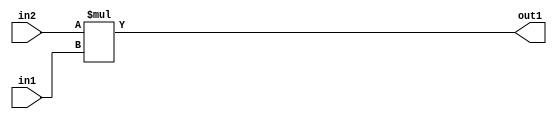
`timescale 1ps / 1ps
/*****************************************************************************
    Verilog RTL Description
    
    Generated at: 23:44:41 EST (-0500), Monday 16 November 2020
    Generated on: zhang-x1.ece.cornell.edu
    Generated by: jl3952 (Jie Liu)
    
    Created by: Stratus DpOpt 2017.1.02 
    Copyright (c) 2014-2015 Cadence Design Systems. All rights reserved worldwide.
    
    Cadence Design Systems proprietary and confidential
    ===================================================
    
    May contain information that incorporates Cadence Design Systems CellMath
    and other inventions claimed in Pending U.S. Patents.
    
    May contain Cadence Design Systems Trade Secrets of which use, disclosure or
    reproduction is contractually restricted or prohibited.  For more
    information, contact your legal department before any use, disclosure or
    reproduction.
*******************************************************************************/

module dut_Mul_8Ux3U_11U_4 (
	in2,
	in1,
	out1
	); /* architecture "behavioural" */ 
input [7:0] in2;
input [2:0] in1;
output [10:0] out1;
wire [10:0] asc001;

assign asc001 = 
	+(in2 * in1);

assign out1 = asc001;
endmodule

/* CADENCE  urfzSAk= : u9/ySgnYtBlWxVDRUQkU4ug= ** DO NOT EDIT THIS LINE ******/